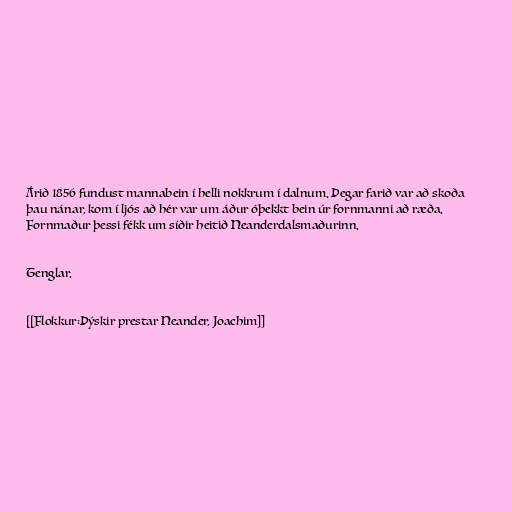
Árið 1856 fundust mannabein í helli nokkrum í dalnum. Þegar farið var að skoða
þau nánar, kom í ljós að hér var um áður óþekkt bein úr fornmanni að ræða.
Fornmaður þessi fékk um síðir heitið Neanderdalsmaðurinn.

Tenglar.

[[Flokkur:Þýskir prestar Neander, Joachim]]